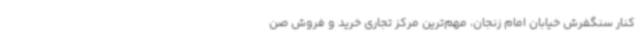
کنار سنگفرش خیابان امام زنجان، مهم‌ترین مرکز تجاری خرید و فروش صن